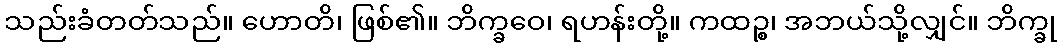
သည်းခံတတ်သည်။ ဟောတိ၊ ဖြစ်၏။ ဘိက္ခဝေ၊ ရဟန်းတို့။ ကထဉ္စ၊ အဘယ်သို့လျှင်။ ဘိက္ခု